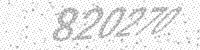
Solution: 820270